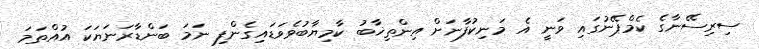
ސިރިސޭނާގެ ކެމްޕޭނުގައި ވަނީ އެ މަނިކުފާނަށް އިންތިޚާބު ކާމިޔާބުވެވަޑައިގެންފި ނަމަ ބަންޑާރަނަޔަކަ އުއްތަމަ